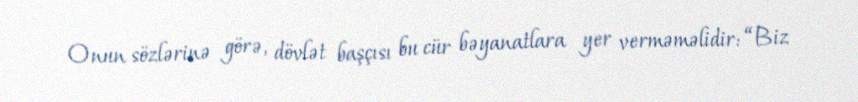
Onun sözlərinə görə, dövlət başçısı bu cür bəyanatlara yer verməməlidir: “Biz